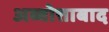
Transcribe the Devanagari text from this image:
अब्बोत्ताबाद